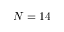
N = 1 4